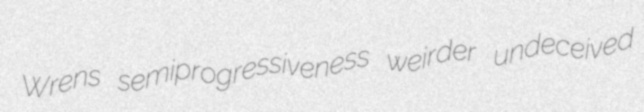
Wrens semiprogressiveness weirder undeceived